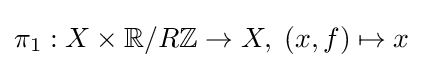
\pi _{1}:X\times \mathbb {R} /R\mathbb {Z} \to X,\;(x,f)\mapsto x